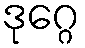
ဒုဂ္ဂေ